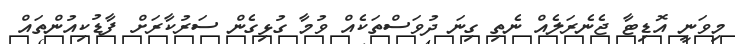
މިވަނީ އޮޑިޓާ ޖެނެރަލެއް ނެތި ގިނަ ދުވަސްތަކެއް ވުމާ ގުޅިގެން ސަރުކާރަށް ފާޑުކިއުންތައް